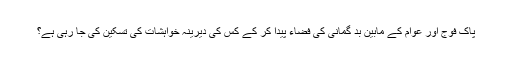
پاک فوج اور عوام کے مابین بد گمانی کی فضاء پیدا کر کے کس کی دیرینہ خواہشات کی تسکین کی جا رہی ہے؟